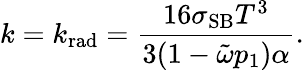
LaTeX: k=k_{\mathrm{rad}}=\frac{16\sigma_{\mathrm{SB}}T^{3}}{3(1-\tilde{\omega}p_{1})\alpha}.